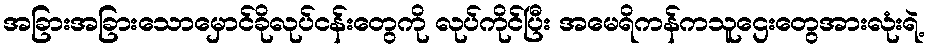
အခြားအခြားသောမှောင်ခိုလုပ်ငန်းတွေကို လုပ်ကိုင်ပြီး အမေရိကန်ကသူဌေးတွေအားလုံးရဲ့